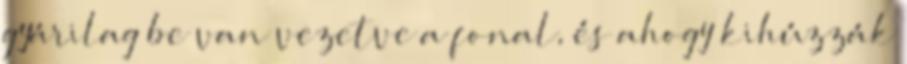
gyárilag be van vezetve a fonal, és ahogy kihúzzák